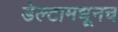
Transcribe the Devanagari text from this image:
डेल्टामधूनच